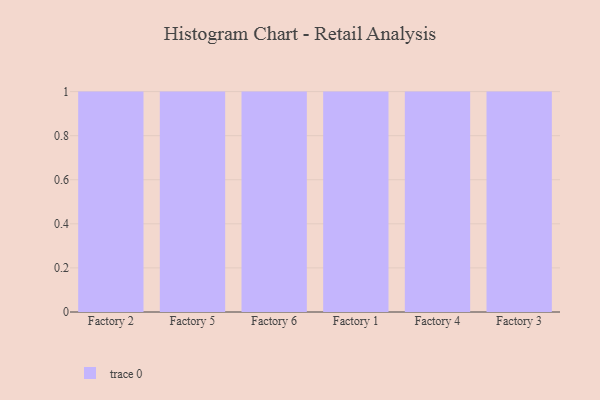
{"axis": {"x": "Factory", "y": "Satisfaction Score"}, "legend": [""], "data": [{"x": "Factory 2", "y": 20, "type": ""}, {"x": "Factory 5", "y": 57, "type": ""}, {"x": "Factory 6", "y": 95, "type": ""}, {"x": "Factory 1", "y": 12, "type": ""}, {"x": "Factory 4", "y": 75, "type": ""}, {"x": "Factory 3", "y": 58, "type": ""}]}